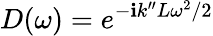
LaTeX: D(\omega)=e^{-\mathbf{i}k^{\prime\prime}L\omega^{2}/2}